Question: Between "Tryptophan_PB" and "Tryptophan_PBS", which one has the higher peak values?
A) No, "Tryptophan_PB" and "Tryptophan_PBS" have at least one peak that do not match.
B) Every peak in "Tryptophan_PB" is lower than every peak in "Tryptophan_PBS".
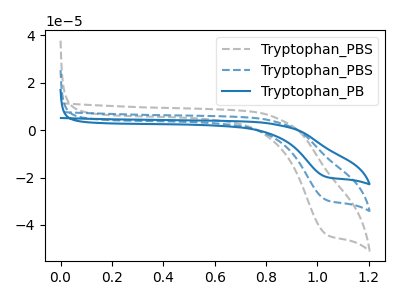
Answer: <think>The gray dashed curve "Tryptophan_PBS" has a cathodic peak at: (1.05V, -58.95uA). The blue dashed curve "Tryptophan_PBS" has a cathodic peak at: (1.05V, -29.45uA). The blue curve "Tryptophan_PB" has a cathodic peak at: (1.05V, -19.75uA).</think>
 <answer>B) Every peak in "Tryptophan_PB" is lower than every peak in "Tryptophan_PBS".</answer>
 <eval>B</eval>